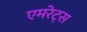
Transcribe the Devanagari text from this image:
एमरेट्स